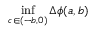
\operatorname* { i n f } _ { c \in ( - b , 0 ) } \Delta \phi ( a , b )